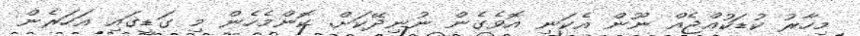
މިހާރު ކުޑަކުއްޖެއް ނޫން އެކަނި އޮވެގެން ނުނިދޭކަށް. ކޮންމެހެން މި ގަޑީގައި އަހަރެން